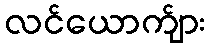
လင်ယောက်ျား